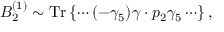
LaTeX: { \cal B } _ { 2 } ^ { ( 1 ) } \sim \mathrm { T r } \left\{ \cdots ( - \gamma _ { 5 } ) \gamma \cdot p _ { 2 } \gamma _ { 5 } \cdots \right\} ,